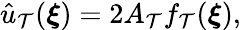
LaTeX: \hat{u}_{\mathcal{T}}(\boldsymbol{\xi})=2A_{\mathcal{T}}f_{\mathcal{T}}(\boldsymbol{\xi}),